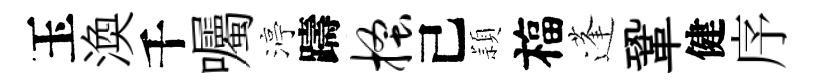
玉渙千囑渟躊搔己頴福蓬鞏健序